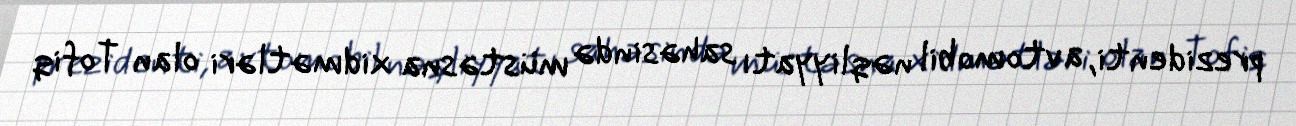
prezidenti, avtomobil nəqliyyatı sahəsində müstəsna xidmətləri olan Tofiq